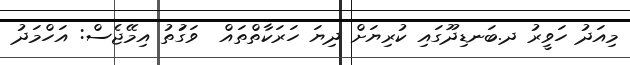
މިއަދު ހަވީރު ދ.ބަނޑިދޫގައި ކުރިޔަށް ދިޔަ ހަރަކާތްތައް  ވަގަުތު އިމޭޖެސް: އަހްމަދު